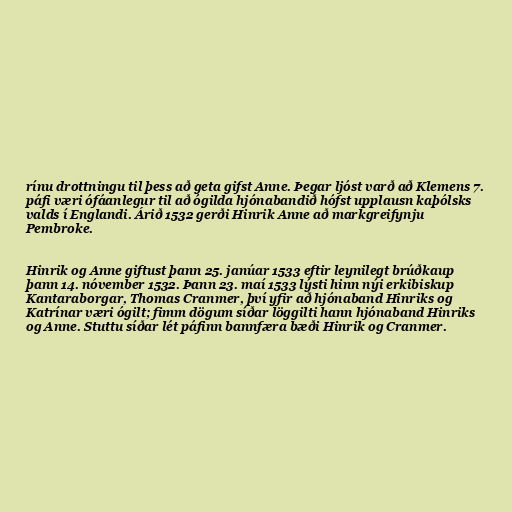
rínu drottningu til þess að geta gifst Anne. Þegar ljóst varð að Klemens 7.
páfi væri ófáanlegur til að ógilda hjónabandið hófst upplausn kaþólsks
valds í Englandi. Árið 1532 gerði Hinrik Anne að markgreifynju
Pembroke.

Hinrik og Anne giftust þann 25. janúar 1533 eftir leynilegt brúðkaup
þann 14. nóvember 1532. Þann 23. maí 1533 lýsti hinn nýi erkibiskup
Kantaraborgar, Thomas Cranmer, því yfir að hjónaband Hinriks og
Katrínar væri ógilt; fimm dögum síðar löggilti hann hjónaband Hinriks
og Anne. Stuttu síðar lét páfinn bannfæra bæði Hinrik og Cranmer.